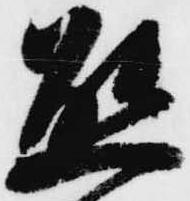
熊